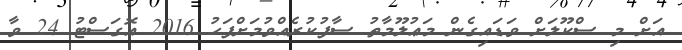
އަށް މި ސްކޫލަށް ވަޑައިގެން މަޢުލޫމާތު ސާފުކުރެއްވުމަށްފަހު 2016 އޮގަސްޓު 24 ވާ